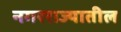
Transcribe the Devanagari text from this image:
नगरराज्यातील